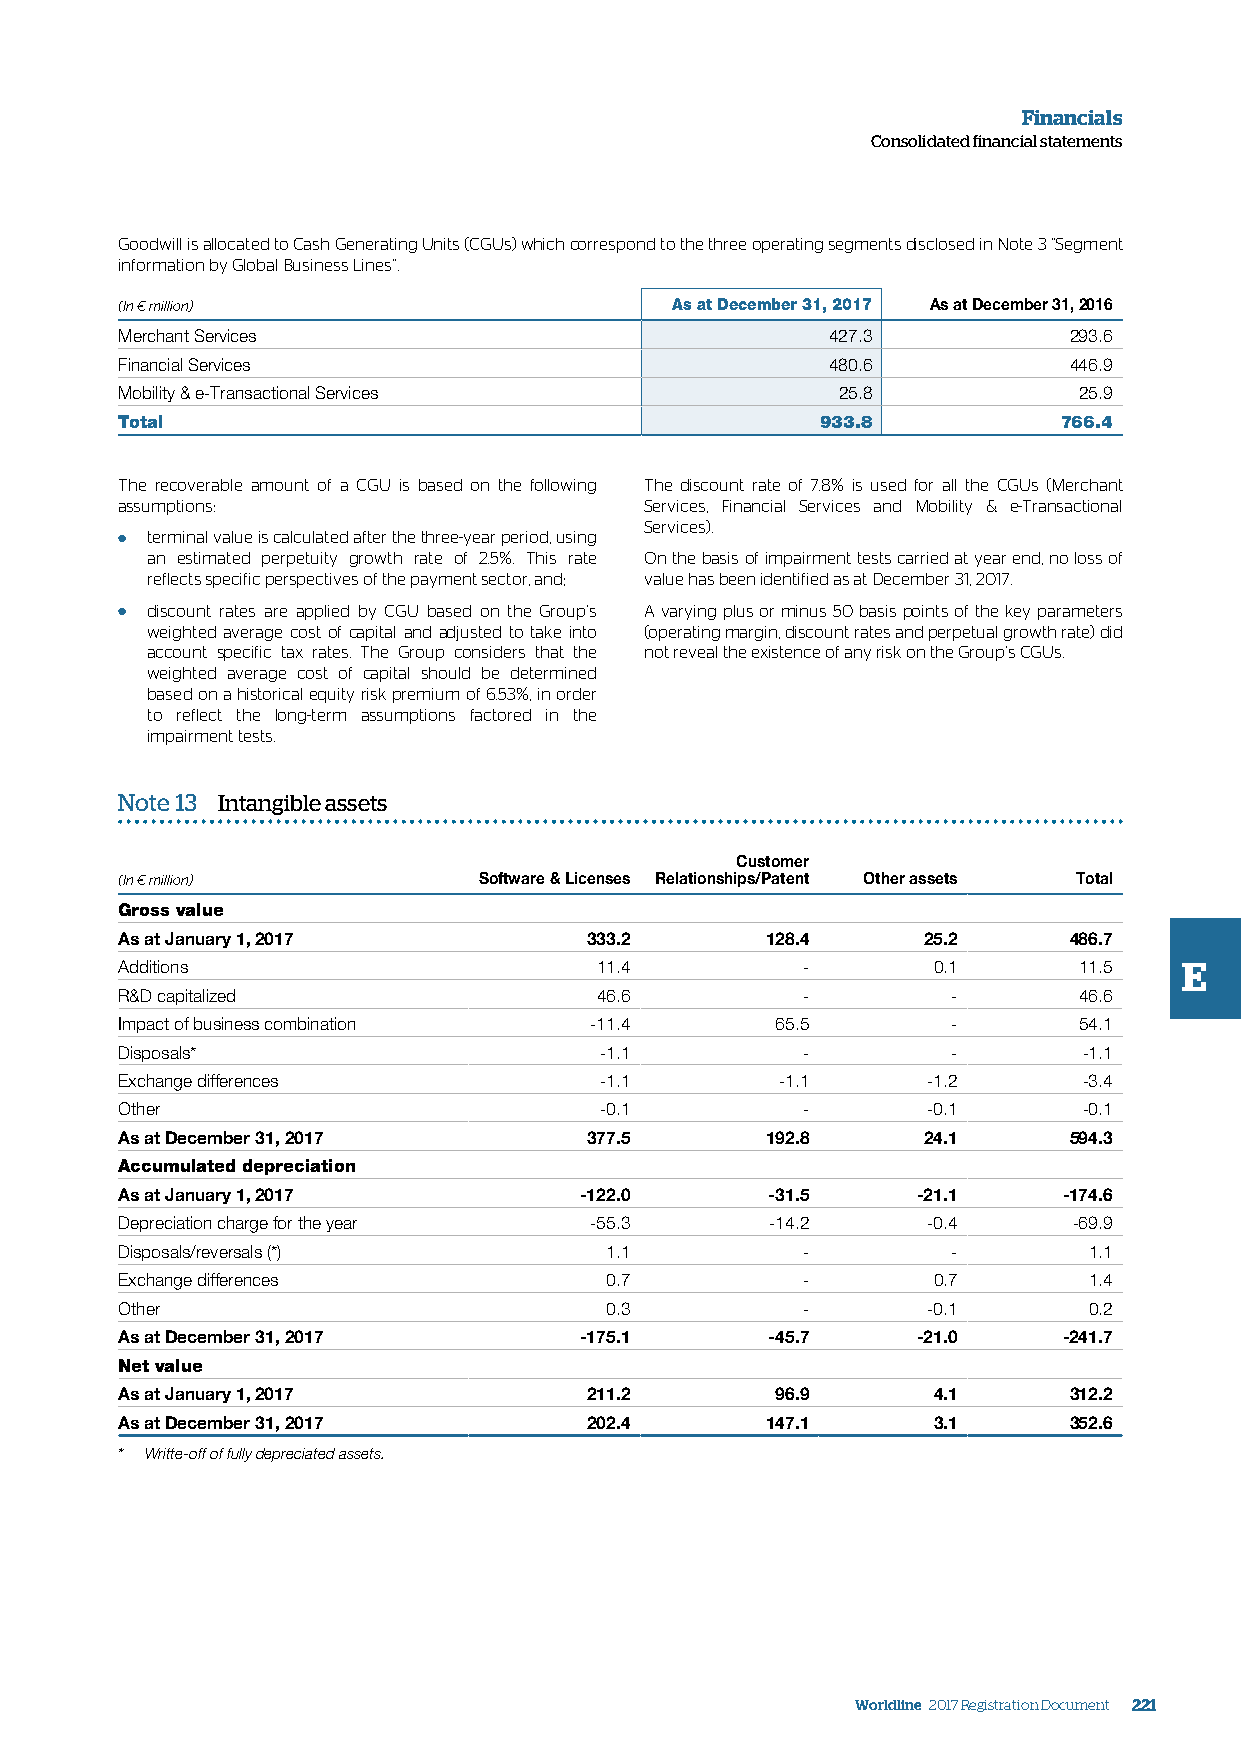
Financials
 Consolidated financial statements
 Goodwill is allocated to Cash Generating Units (CGUs) which correspond to the three operating segments disclosed in Note 3 “Segment
 information by Global Business Lines”.
 (In € million)                      As at December 31, 2017 As at December 31, 2016
 Merchant Services                              427.3           293.6
 Financial Services                             480.6           446.9
 Mobility & e-Transactional Services            25.8            25.9
 Total                                         933.8           766.4
 The recoverable amount of a CGU is based on the following The discount rate of 7.8% is used for all the CGUs (Merchant
 assumptions:                       Services, Financial Services and Mobility & e-Transactional
 Services).
 ● terminal value is calculated after the three-year period, using
 an estimated perpetuity growth rate of 2.5%. This rate On the basis of impairment tests carried at year end, no loss of
 reflects specific perspectives of the payment sector, and; value has been identified as at December 31, 2017.
 ● discount rates are applied by CGU based on the Group’s A varying plus or minus 50 basis points of the key parameters
 weighted average cost of capital and adjusted to take into (operating margin, discount rates and perpetual growth rate) did
 account specific tax rates. The Group considers that the not reveal the existence of any risk on the Group’s CGUs.
 weighted average cost of capital should be determined
 based on a historical equity risk premium of 6.53%, in order
 to reflect the long-term assumptions factored in the
 impairment tests.
 Note 13 Intangible assets
 Customer
 (In € million)          Software & Licenses Relationships/Patent Other assets Total
 Gross value
 As at January 1, 2017          333.2       128.4     25.2      486.7
 Additions                      11.4          -        0.1      11.5   E
 R&D capitalized                46.6          -         -       46.6
 Impact of business combination -11.4       65.5        -       54.1
 Disposals*                      -1.1         -         -        -1.1
 Exchange differences            -1.1        -1.1     -1.2       -3.4
 Other                           -0.1         -       -0.1       -0.1
 As at December 31, 2017        377.5       192.8     24.1      594.3
 Accumulated depreciation
 As at January 1, 2017         -122.0       -31.5     -21.1    -174.6
 Depreciation charge for the year -55.3     -14.2     -0.4      -69.9
 Disposals/reversals (*)         1.1          -         -        1.1
 Exchange differences            0.7          -        0.7       1.4
 Other                           0.3          -       -0.1       0.2
 As at December 31, 2017       -175.1       -45.7     -21.0    -241.7
 Net value
 As at January 1, 2017          211.2       96.9       4.1      312.2
 As at December 31, 2017        202.4       147.1      3.1      352.6
 * Writte-off of fully depreciated assets.
 Worldline 2017 Registration Document 221